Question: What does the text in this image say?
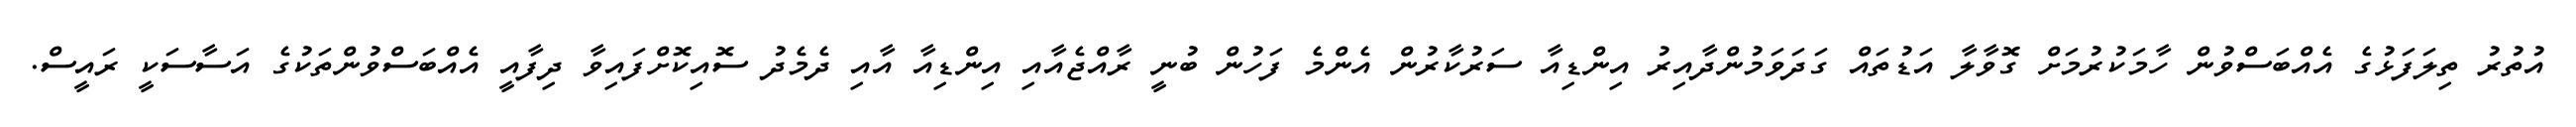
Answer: އުތުރު ތިލަފަޅުގެ އެއްބަސްވުން ހާމަކުރުމަށް ގޮވާލާ އަޑުތައް ގަދަވަމުންދާއިރު އިންޑިއާ ސަރުކާރުން އެންމެ ފަހުން ބުނީ ރާއްޖެއާއި އިންޑިއާ އާއި ދެމެދު ސޮއިކޮށްފައިވާ ދިފާއީ އެއްބަސްވުންތަކުގެ އަސާސަކީ ރައީސް.